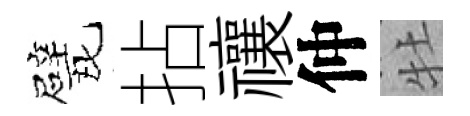
戏拈禳仲牡